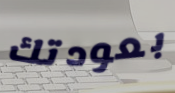
بعودتك